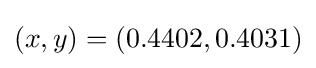
(x,y)=(0.4402,0.4031)